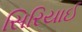
સિરિયાઈ